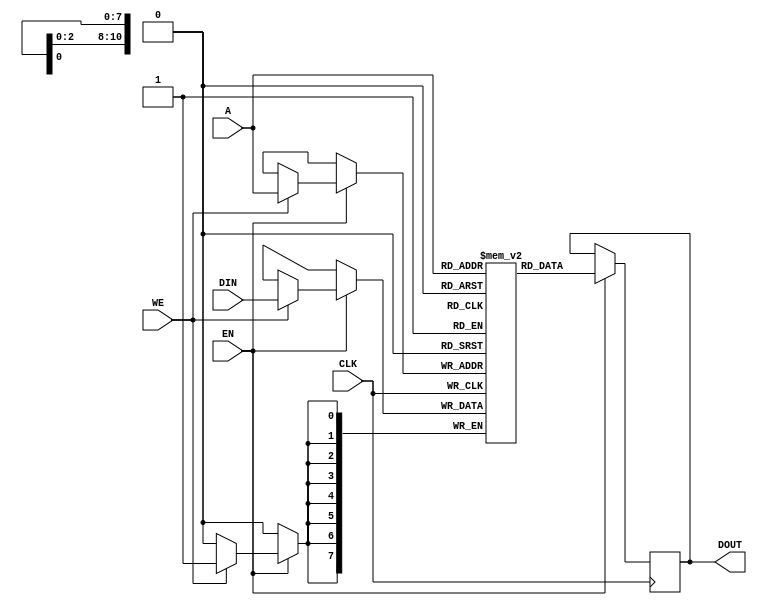
module DRAM (
	CLK,
	A,
	DIN,
	DOUT,
	EN,
	WE
);

	parameter DA_WIDTH = 11;
	parameter DD_WIDTH = 8;

	parameter DA_DEPTH = (1 << DA_WIDTH);

	input	CLK;
	input [DA_WIDTH - 1:0] A;
	input [DD_WIDTH - 1:0] DIN;
	output reg [DD_WIDTH - 1:0] DOUT;
	input EN;
	input WE;
	
	reg [7:0] MEM [0:DA_DEPTH - 1];

	always @ (posedge CLK)
		if(EN)
		begin				
			if(WE)
				MEM[A] <= DIN;		
				
			DOUT <= MEM[A];				
		end

	integer i;
	initial
		for(i = 0; i < DA_DEPTH; i = i + 1)
			MEM[i] = 8'b0;
endmodule